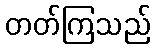
တတ်ကြသည်